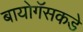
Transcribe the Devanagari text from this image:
बायोगॅसकडे